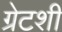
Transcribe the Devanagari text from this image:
ग्रेटशी